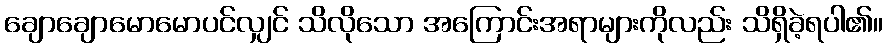
ချောချောမောမောပင်လျှင် သိလိုသော အကြောင်းအရာများကိုလည်း သိရှိခဲ့ရပါ၏။